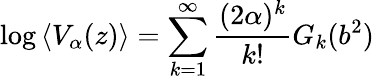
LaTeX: \log\left\langle V_{\alpha}(z)\right\rangle=\sum_{k=1}^{\infty}\frac{(2\alpha)^{k}}{k!}G_{k}(b^{2})